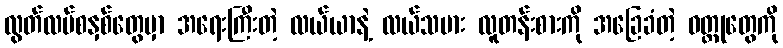
လွတ်လပ်စနှစ်တွေမှာ အရေးကြီးတဲ့ လယ်ယာနဲ့ လယ်သမား လူတန်းစားကို အခြေခံတဲ့ ဝတ္ထုတွေကို